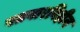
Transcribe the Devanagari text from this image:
पतवारविहीन